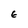
Character: E